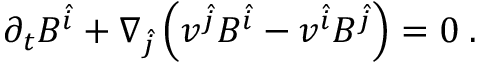
\partial _ { t } B ^ { \hat { i } } + \nabla _ { \hat { j } } \left( v ^ { \hat { j } } B ^ { \hat { i } } - v ^ { \hat { i } } B ^ { \hat { j } } \right) = 0 \; .